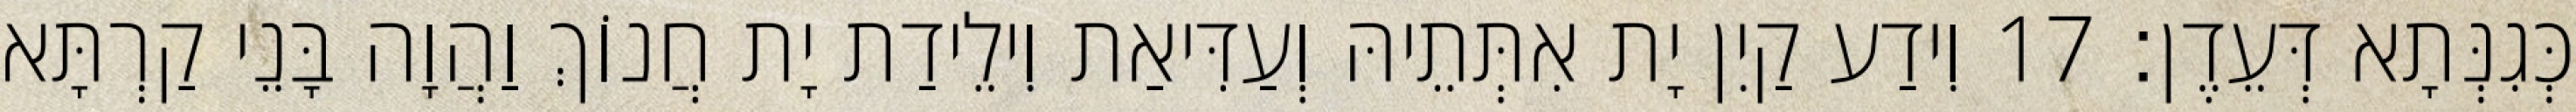
כְּגִנְּתָא דְּעֵדֶן׃ 17 וִידַע קַיִן יָת אִתְּתֵיהּ וְעַדִּיאַת וִילֵידַת יָת חֲנוֹךְ וַהֲוָה בָּנֵי קַרְתָּא